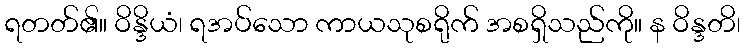
ရတတ်၏။ ဝိန္ဒိယံ၊ ရအပ်သော ကာယသုစရိုက် အစရှိသည်ကို။ န ဝိန္ဒတိ၊